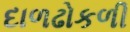
દાળઢોકળી